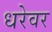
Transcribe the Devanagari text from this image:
धरेवर